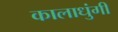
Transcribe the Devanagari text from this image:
कालाधुंगी